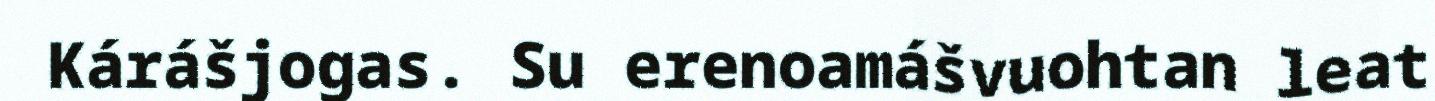
Kárášjogas. Su erenoamášvuohtan leat